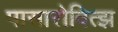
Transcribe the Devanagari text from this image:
पासारोवित्झ